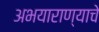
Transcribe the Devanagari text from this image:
अभयाराण्याचे